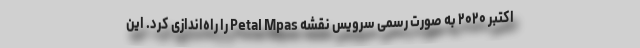
اکتبر ۲۰۲۰ به صورت رسمی سرویس نقشه Petal Mpas را راه‌اندازی کرد. این